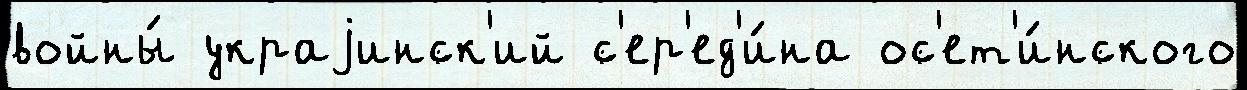
войны́ украjинск'ий с'ер'ед'и́на ос'ет'и́нского